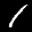
Label: 1